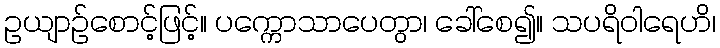
ဥယျာဉ်စောင့်ဖြင့်။ ပက္ကောသာပေတွာ၊ ခေါ်စေ၍။ သပရိဝါရေဟိ၊